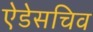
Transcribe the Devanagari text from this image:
ऐडेसचिव